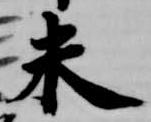
未